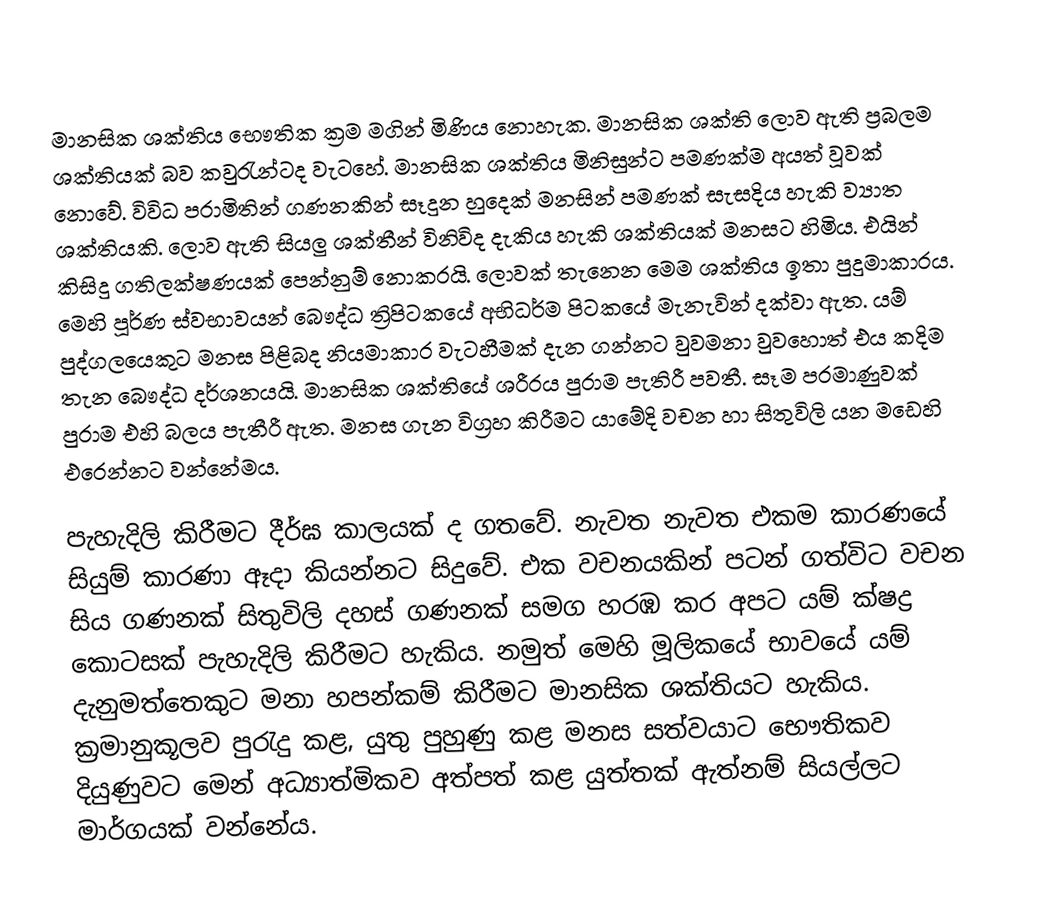
මානසික ශක්තිය භෞතික ක්‍රම මගින් මිණිය නොහැක. මානසික ශක්ති ලොව ඇති ප්‍රබලම ශක්තියක් බව කවුරැන්ටද වැටහේ. මානසික ශක්තිය මිනිසුන්ට පමණක්ම අයත් වූවක් නොවේ. විවිධ පරාමිතින් ගණනකින් සෑදුන හුදෙක් මනසින් පමණක් සැසදිය හැකි ව්‍යාත ශක්තියකි. ලොව ඇති සියලු ශක්තීන් විනිවිද දැකිය හැකි ශක්තියක් මනසට හිමිය. එයින් කිසිදු ගතිලක්ෂණයක් පෙන්නුම් නොකරයි. ලොවක් තැන‍ෙන මෙම ශක්තිය ඉතා පුදුමාකාරය. මෙහි පූර්ණ ස්වභාවයන් බෞද්ධ ත්‍රිපිටකයේ අභිධර්ම පිටකයේ මැනැවින් දක්වා ඇත. යම් පුද්ගලයෙකුට මනස පිළිබද නියමාකාර වැටහීමක් දැන ගන්නට වුවමනා වුවහොත් එය කදිම තැන බෞද්ධ දර්ශනයයි. මානසික ශක්තියේ ශරීරය පුරාම පැතිරී පවතී. සෑම පරමාණුවක් පුරාම එහි බලය පැතීරී ඇත. මනස ගැන විග්‍රහ කිරීමට යාමේදි වචන හා සිතුවිලි යන මඩෙහි එරෙන්නට වන්නේමය.

පැහැදිලි කිරීමට දීර්ඝ කාලයක් ද ගතවේ. නැවත නැවත එකම කාරණයේ සියුම් කාරණා ඈදා කියන්නට සිදුවේ. එක වචනයකින් පටන් ගත්විට වචන සිය ගණනක් සිතුවිලි දහස් ගණනක් සමග හරඹ කර අපට යම් ක්ෂද්‍ර කොටසක් පැහැදිලි කිරීමට හැකිය. නමුත් මෙහි මූලිකයේ භාවයේ යම් දැනුමත්තෙකුට මනා හපන්කම් කිරීමට මානසික ශක්තියට හැකිය. ක්‍රමානුකූලව පුරැදු කළ, යුතු පුහුණු කළ මනස  සත්වයාට භෞතිකව දියුණුවට මෙන් අධ්‍යාත්මිකව අත්පත් කළ යුත්තක් ඇත්නම් සියල්ලට මාර්ගයක් වන්නේය.